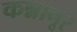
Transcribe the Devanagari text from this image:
कन्नानूर